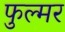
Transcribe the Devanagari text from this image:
फुल्मर